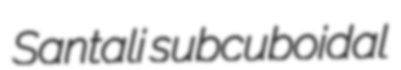
Santali subcuboidal